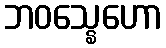
ဘဝသ္နေဟော